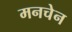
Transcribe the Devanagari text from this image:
मनचेन